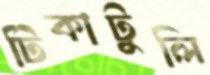
টিকাটুলি